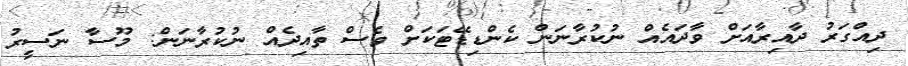
ދިއްގަރު ދާއިރާއަށް ވާދައެއް ނުކުރާނަން ކެންޑިޑޭޓަކަށް ވެސް ތާއިދެއް ނުކުރާނަން: މޫސާ ނަސީރު